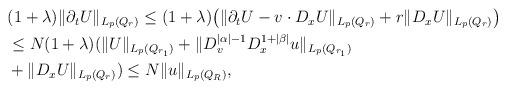
LaTeX: \begin{align*}\begin{aligned} & (1+\lambda)\|\partial_t U\|_{ L_p (Q_r) } \le (1+\lambda) \big(\|\partial_t U - v \cdot D_x U\|_{ L_p (Q_r) } + r \|D_x U\|_{ L_p (Q_r) }\big) \\ & \le N (1+\lambda) (\|U\|_{ L_p (Q_{r_1}) } + \|D^{|\alpha| - 1}_v D^{1 +|\beta|}_x u\|_{L_p(Q_{r_1})} \\ &+ \|D_x U\|_{ L_p (Q_{r})}) \le N \|u\|_{L_p (Q_R)}, \end{aligned}\end{align*}